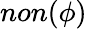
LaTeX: non(\phi)